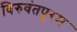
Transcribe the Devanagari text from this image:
विरुवंतपुरम